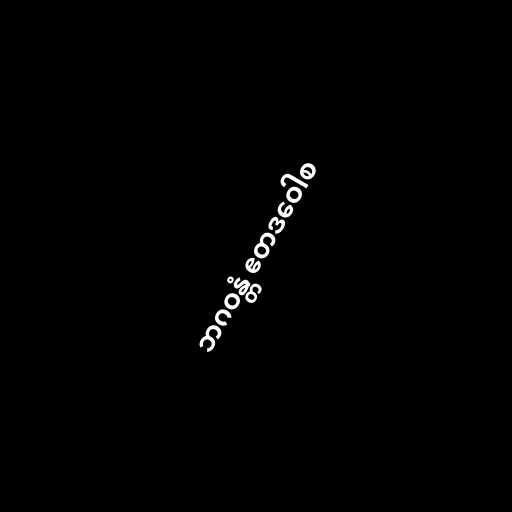
ဘဂဝန္တံ ဧတဒဝေါစ